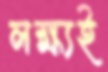
লক্ষ্যই